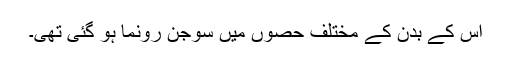
اُس کے بدن کے مختلف حصوں میں سوجن رونما ہو گئی تھی۔